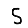
Digit: 5